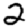
Digit: 2